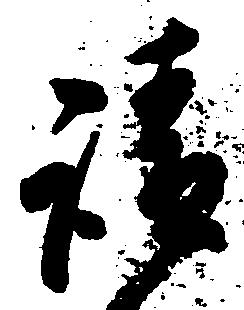
請